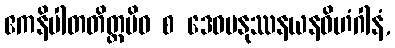
ဧကနိပါတတိတ္ထမိဝ စ ဒေဝမနုဿနယနဝိဟံဂါနံ,